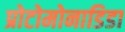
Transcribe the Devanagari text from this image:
प्रोटोमोनाडिडा